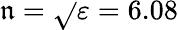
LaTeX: \mathfrak{n}=\sqrt{}{{\varepsilon}}=6.08